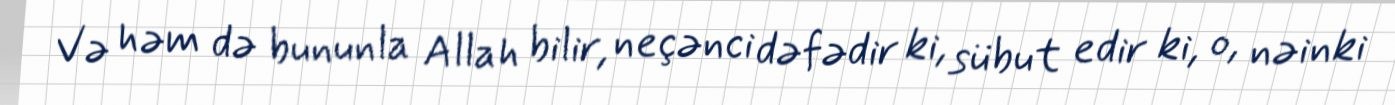
Və həm də bununla Allah bilir, neçənci dəfədir ki, sübut edir ki, o, nəinki